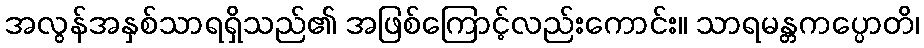
အလွန်အနှစ်သာရရှိသည်၏ အဖြစ်ကြောင့်လည်းကောင်း။ သာရမန္တကပ္ပောတိ၊